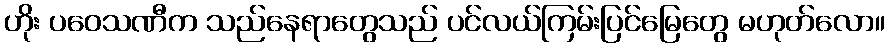
ဟိုး ပဝေသဏီက သည်နေရာတွေသည် ပင်လယ်ကြမ်းပြင်မြေတွေ မဟုတ်လော။